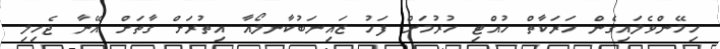
ހިމޭންވެލައިގެން ހަރަކާތް ހުއްޓި ހުރުމަށް ފަހު ޒައިނަބުކާނލޯއާ އިތުރަށް ގާތަށް އޭނާ ޖެހިލި